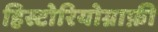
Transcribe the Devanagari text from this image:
हिस्टोरियोग्राफ़ी